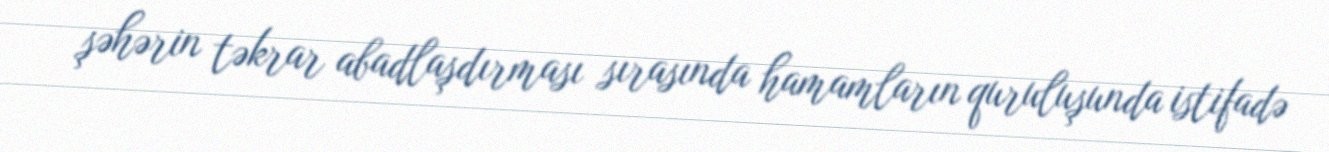
şəhərin təkrar abadlaşdırması sırasında hamamların quruluşunda istifadə